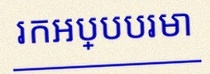
រកអប្បបរមា